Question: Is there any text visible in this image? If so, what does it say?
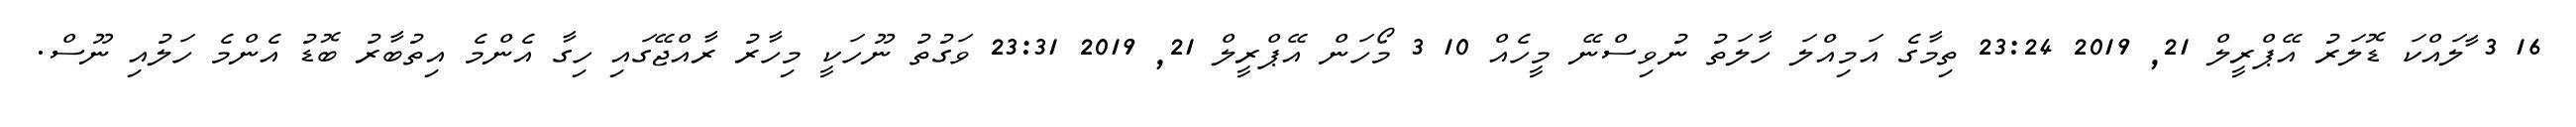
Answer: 16 3 ާލައްކަ ޑޮލަރު އޭޕްރީލް 21, 2019 23:24 ތިމާގެ އަމިއްލަ ހާލަތު ނުވިސްނޭ މީހެއް 10 3 މޯހަން އޭޕްރީލް 21, 2019 23:31 ވަގުތު ނޫހަކީ މިހާރު ރާއްޖޭގައި ހިގާ އެންމެ އިތުބާރު ބޮޑު އެންމެ ހަލުއި ނޫސް.